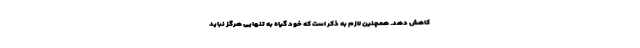
کاهش دهد. همچنین لازم به ذکر است که خود گیاه به تنهایی هرگز نباید